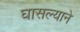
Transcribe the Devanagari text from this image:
घासल्याने